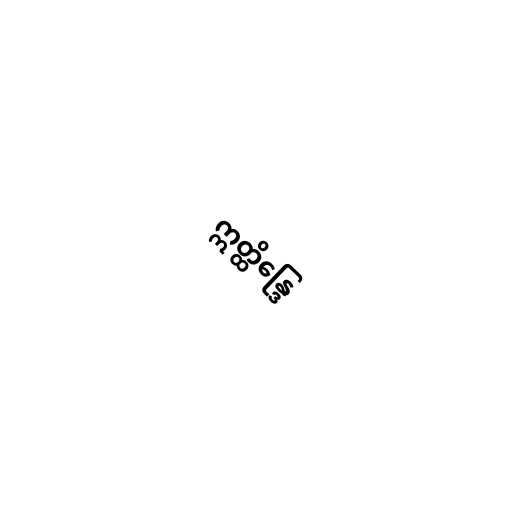
ဣတ္ထိန္ဒြေ